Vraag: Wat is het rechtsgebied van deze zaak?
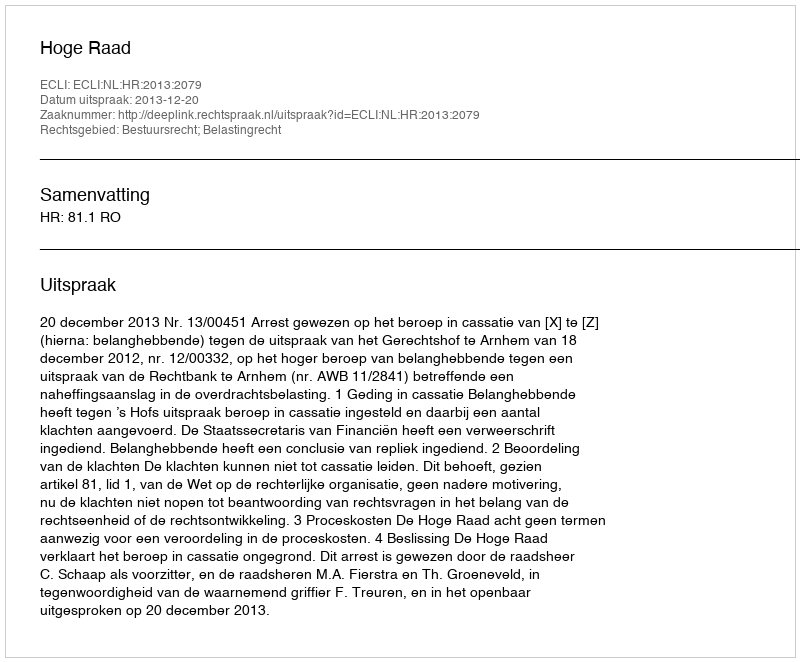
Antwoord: Bestuursrecht; Belastingrecht